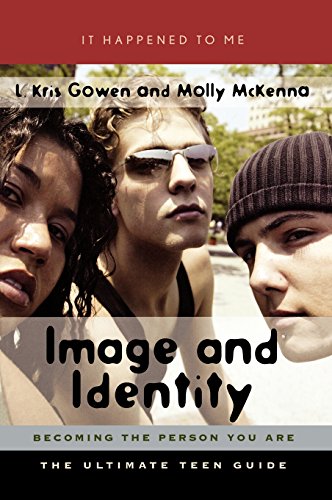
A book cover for Image and Identity: Becoming the Person You Are (It Happened to Me); L. Kris Gowen; Teen & Young Adult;